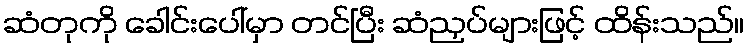
ဆံတုကို ခေါင်းပေါ်မှာ တင်ပြီး ဆံညှပ်များဖြင့် ထိန်းသည်။